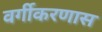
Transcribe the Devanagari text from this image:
वर्गीकरणास